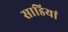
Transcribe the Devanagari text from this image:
साडियां